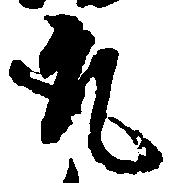
取